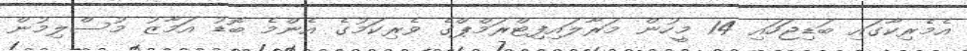
އެމެރިކާގައި ބަޑިޖަހައި 14 މީހުން މަރާލައިފިޓްރަމްޕްގެ ވެރިކަމުގެ އެންމެ ބޮޑު އަމާޒު މުސްލިމުން